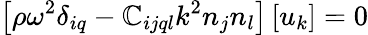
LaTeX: \left[\rho\omega^{2}\delta_{iq}-\mathbb{C}_{ijql}k^{2}n_{j}n_{l}\right]\left[u_{k}\right]=0